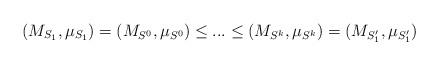
LaTeX: \begin{align*}(M_{S_1}, \mu_{S_1})=(M_{S^0}, \mu_{S^0}) \leq ... \leq (M_{S^k}, \mu_{S^k})=(M_{S'_1}, \mu_{S'_1})\end{align*}